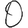
Digit: 0